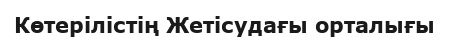
Көтерілістің Жетісудағы орталығы